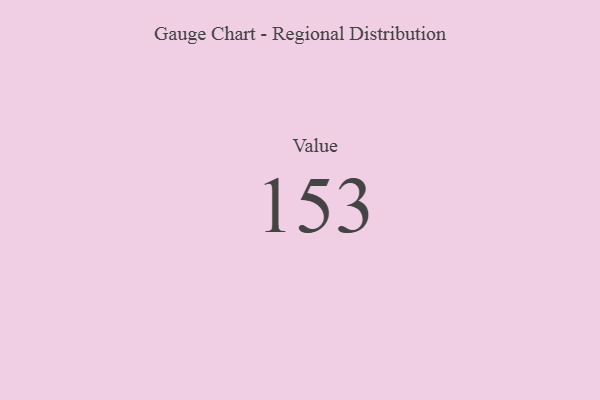
{"axis": {"x": "Metric", "y": "Value"}, "legend": [""], "data": [{"x": "Value", "y": 153, "type": ""}]}